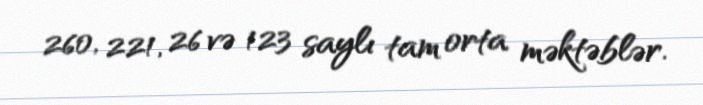
260, 221, 26 və 123 saylı tam orta məktəblər.